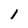
Character: 1